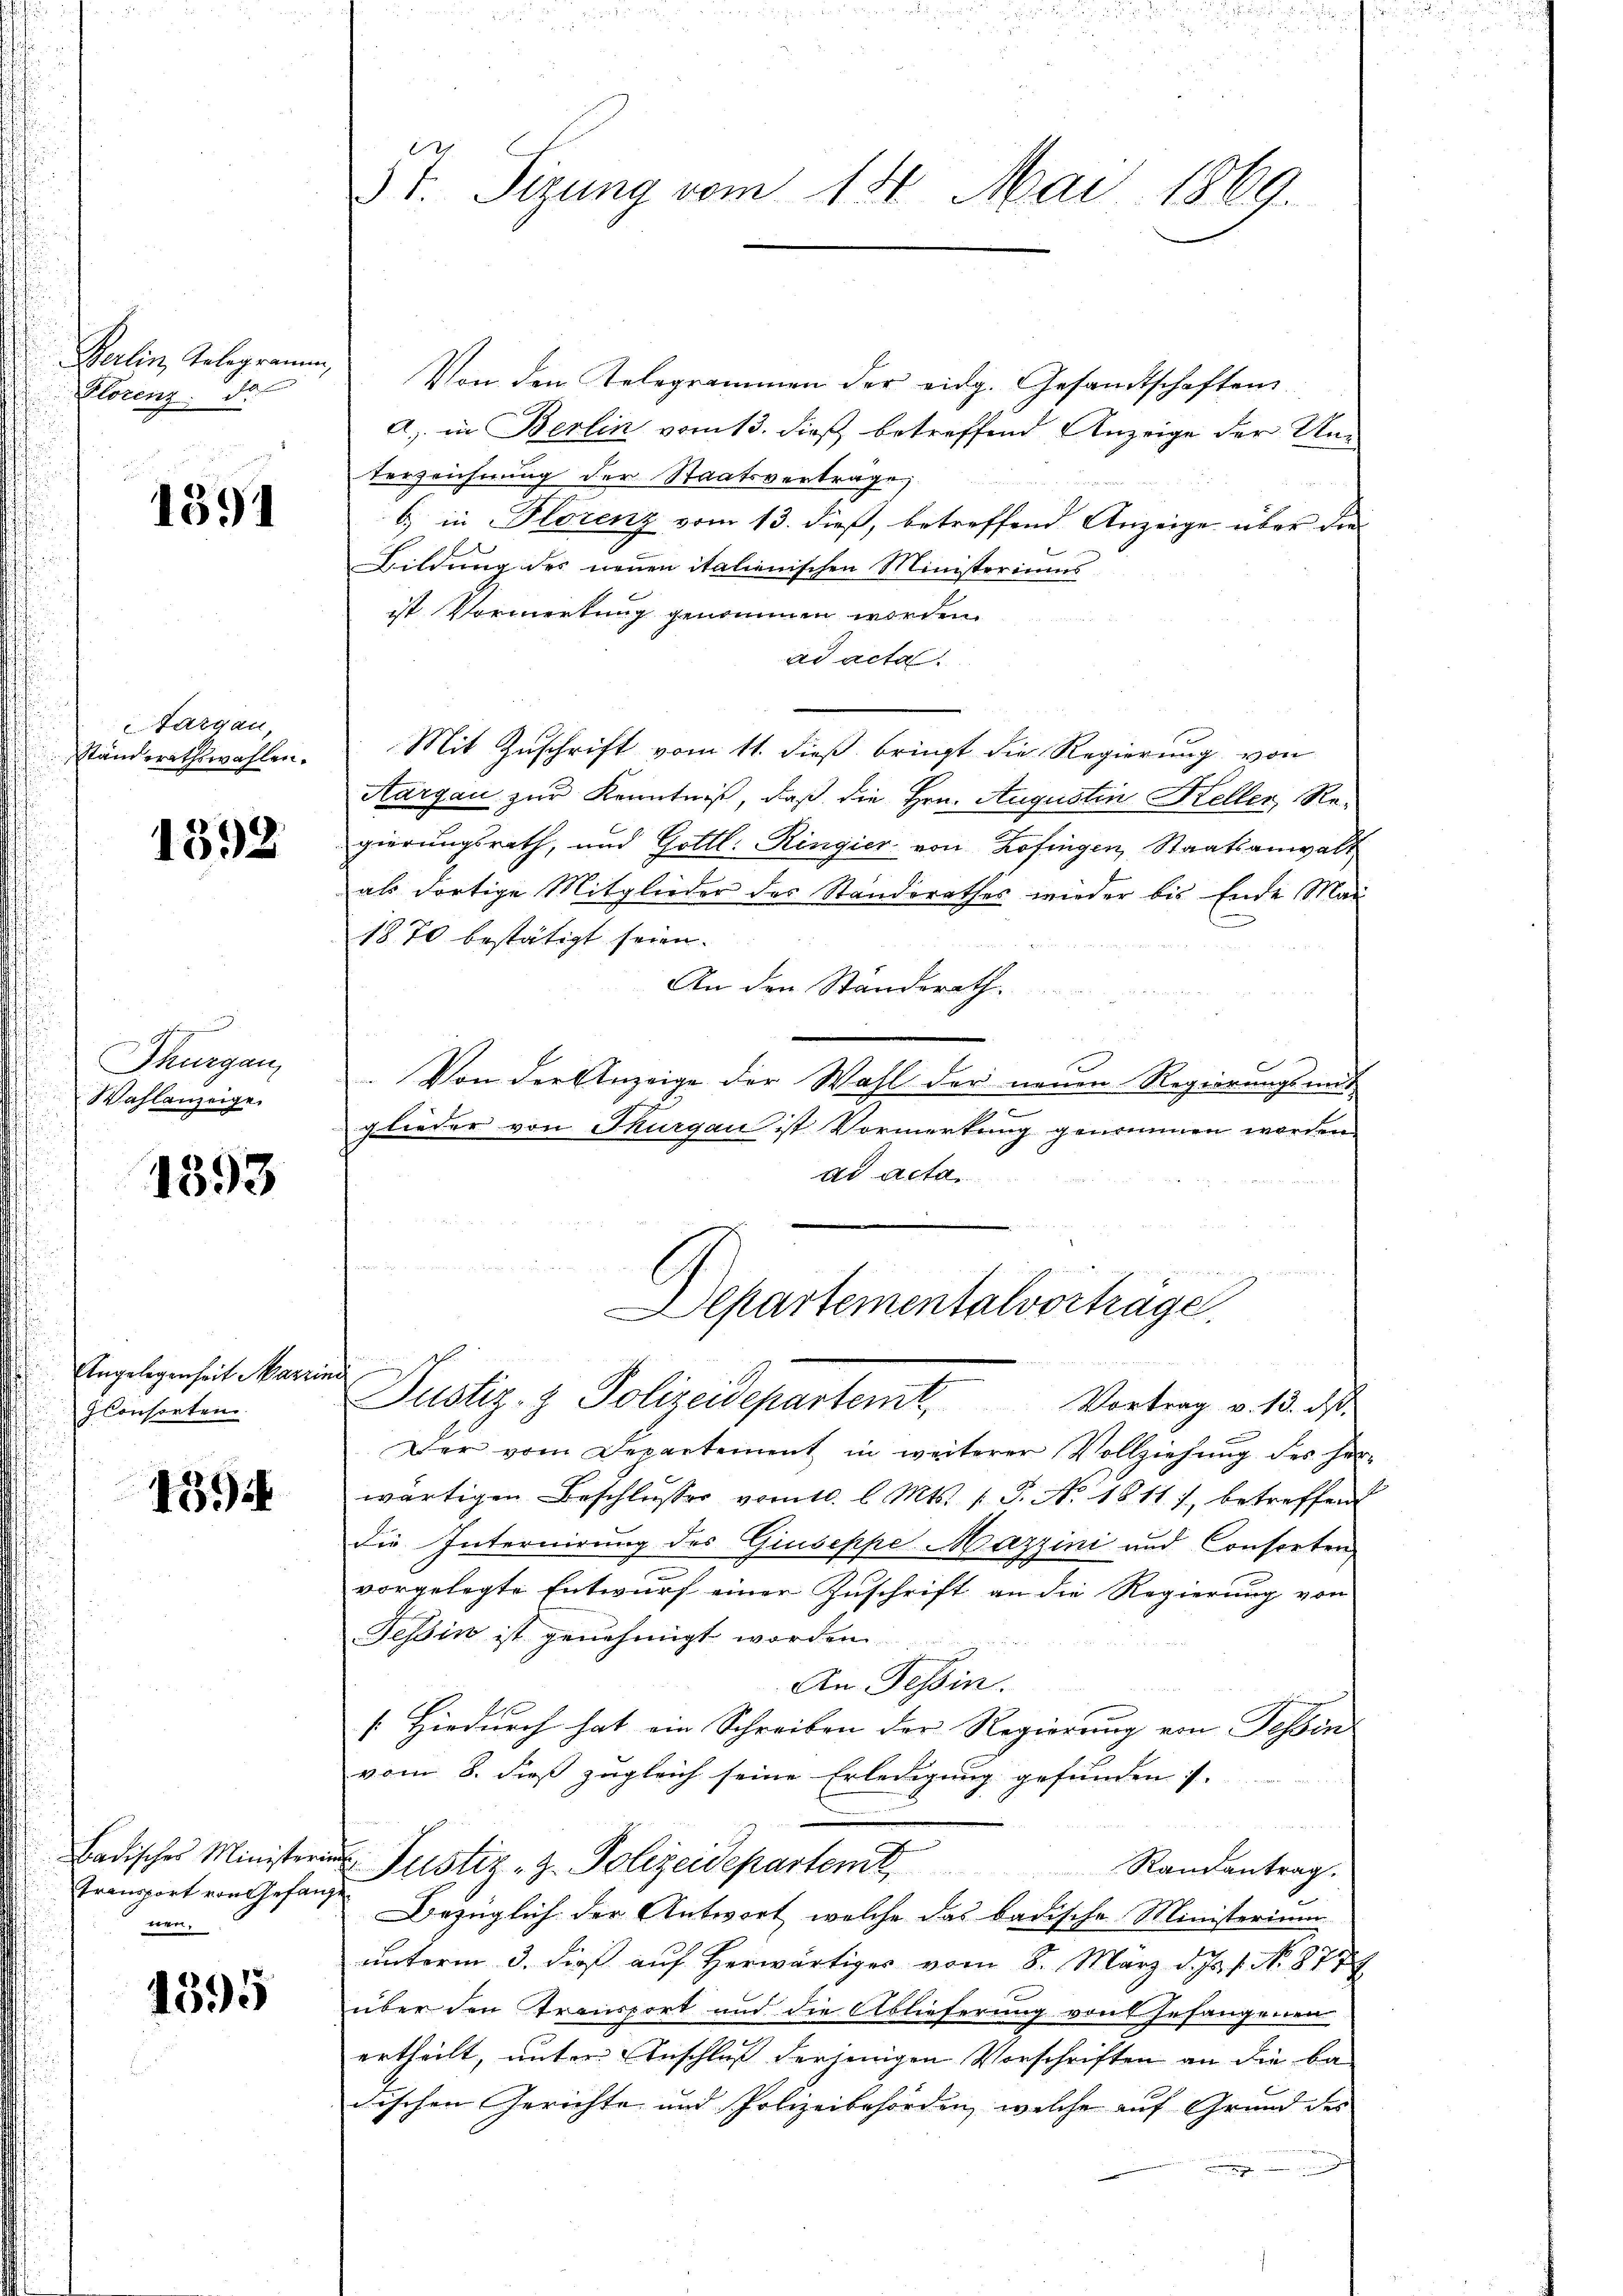
Berlin, Telegramm,
Florenz de

1391

Targau,
Ständerathswahlen.

1392

.
Thurgau,
Wahlanzeige.

1393

Angelegenheit Marzim
IConsorten.

459

Badisches Ministerin
transport von Gefangnen.

1595

.
3t Sizung vom 14. Mai 1869.

Von den Telegrammen der eidg. Gesandtschaften
a) in Berlin vom 13. dieß betreffend Anzeige der Un¬
Verzeichnung der Staatsvertrage
6) in Florenz vom 13. dieß, betreffend Anzeige über die
Bildung des neuen italienischen Ministeriums
ist Vormerkung genommen worden.
ad acta
Mit Zuschrift vom 11. dieß bringt die Regierung von
Aargau zur Kenntniß, daß die Hrn. Augustin Keller, Re-
gierungsrath, und Gottl. Ringier von Zofingen Staatsanwalt
als dortige Mitglieder des Standerathes wieder bis Ende Mai
1870 bestätigt seien.
An den Standerath.
Von der Anzeige der Wahl der neuen Regierungsmit
glieder von Thurgau ist Vormerkung genommen worden.
ad acta,
Departementalvortrage
Justiz- & Polizeidepartem Vortrag v. 13. ds
Der vom Departement in weiterer Vollziehŭng des her-
wärtigen Beschlusser vom 10. l. Mts. 1. P. N. 1811), betreffend
die Internirung des GiuseppeMazzini und Consorten,
vorgelegte Entwurf einer Zuschrift an die Regierung von
Tessin ist genehmigt worden
An Tessin.
[. Hiedurch hat ein Schreiben der Regierung von Fessen |
vom 8. dieß zugleich seine Erledigung gefunden s.
un
u Justiz- z. Polizeidepartent
Randantrag.
Bezüglich der Antwort, welche das badische Ministerium
unterm 3. dieß auf herwärtiger vom 8. März d. Js. 1. No. 877
über den Transport und die Ablieferung von Gefangenen
ertheilt, unter Anschluß derjenigen Vorschriften an die be-
dischen Gerichte und Polizeibehörden, welche auf Grund des